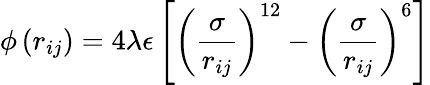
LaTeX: \phi\left(r_{ij}\right)=4\lambda\epsilon\left[\left(\frac{\sigma}{r_{ij}}\right)^{12}-\left(\frac{\sigma}{r_{ij}}\right)^{6}\right]